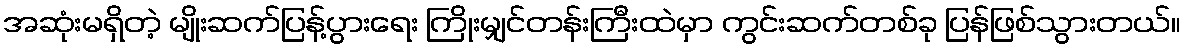
အဆုံးမရှိတဲ့ မျိုးဆက်ပြန့်ပွားရေး ကြိုးမျှင်တန်းကြီးထဲမှာ ကွင်းဆက်တစ်ခု ပြန်ဖြစ်သွားတယ်။